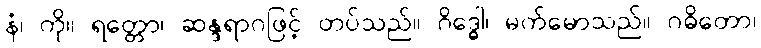
နံ၊ ကို။ ရတ္တော၊ ဆန္ဒရာဂဖြင့် တပ်သည်။ ဂိဒ္ဓေါ၊ မက်မောသည်။ ဂဓိတော၊